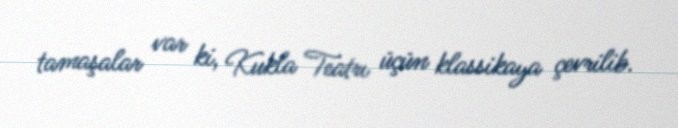
tamaşalar var ki, Kukla Teatrı üçün klassikaya çevrilib.